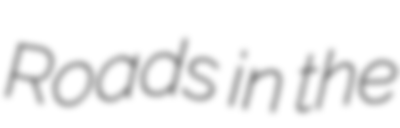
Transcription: Roads in the